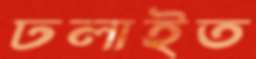
ঢলাইত